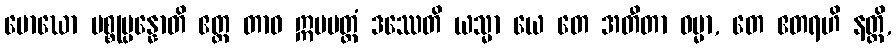
မောဃော ပစ္စုပ္ပန္နောတိ ဧတ္ထ တာဝ ဣမမတ္ထံ ဒဿေတိ ယသ္မာ ယေ တေ အတီတာ ဓမ္မာ, တေ ဧတရဟိ နတ္ထိ,